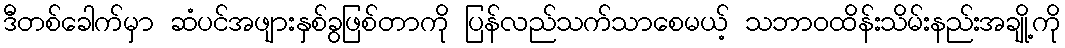
ဒီတစ်ခေါက်မှာ ဆံပင်အဖျားနှစ်ခွဖြစ်တာကို ပြန်လည်သက်သာစေမယ့် သဘာဝထိန်းသိမ်းနည်းအချို့ကို